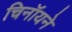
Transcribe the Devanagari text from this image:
चिनॉयने